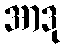
အာဒု